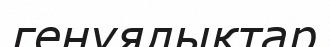
генуялықтар